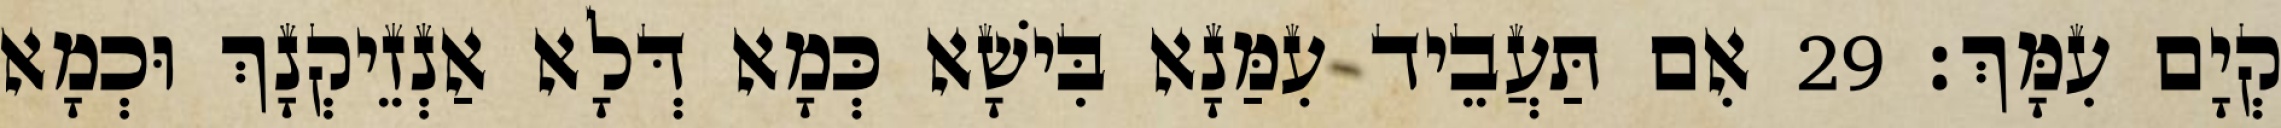
קְיָם עִמָּךְ׃ 29 אִם תַּעֲבֵיד עִמַּנָא בִּישָׁא כְּמָא דְּלָא אַנְזֵיקְנָךְ וּכְמָא